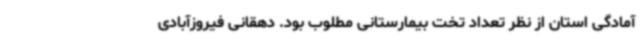
آمادگی استان از نظر تعداد تخت بیمارستانی مطلوب بود. دهقانی فیروزآبادی